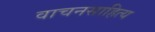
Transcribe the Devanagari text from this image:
वाचनसाहित्य